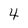
Character: 4